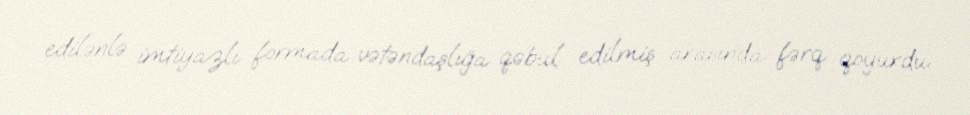
edilənlə imtiyazlı formada vətəndaşlığa qəbul edilmiş arasında fərq qoyurdu.